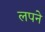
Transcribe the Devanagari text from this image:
लपने